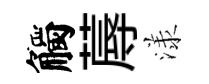
觸蓐漾